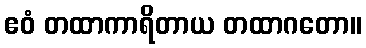
ဧဝံ တထာကာရိတာယ တထာဂတော။